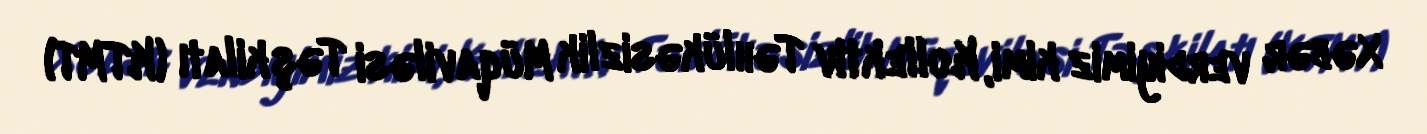
Xəbər verdiyimiz kimi, Kollektiv Təhlükəsizlik Müqaviləsi Təşkilatı (KTMT)